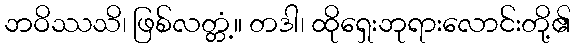
ဘဝိဿသိ၊ ဖြစ်လတ္တံ့။ တဒါ၊ ထိုရှေးဘုရားလောင်းတို့၏